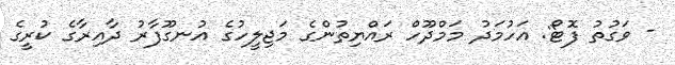
- ވަގުތު ފޮޓޯ: އަހުމަދު މަމްދޫހް ރައްޔިތުންގެ މަޖިލީހުގެ އުނގޫފާރު ދާއިރާގެ ކުރީގެ